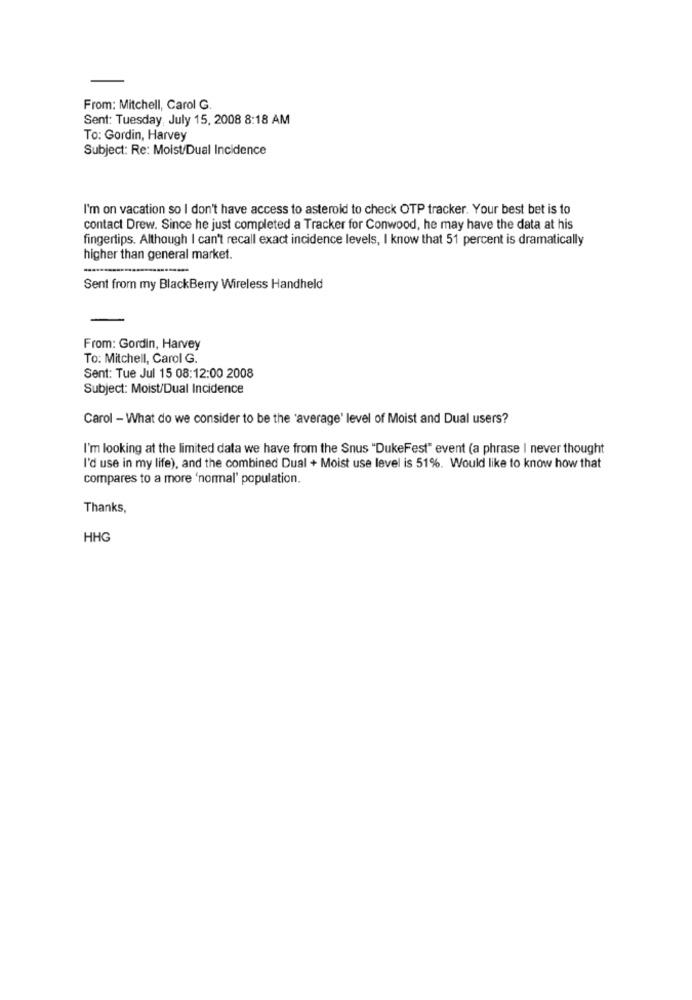
From: Mitchell, Carol G.
Sent: Tuesday, July 15, 2008 8:18 AM
To: Gordin, Harvey
Subject: Re: Moist/Dual Incidence
I'm on vacation so I don't have access to asteroid to check OTP tracker. Your best bet is to
contact Drew. Since he just completed a Tracker for Conwood, he may have the data at his
fingertips. Although I can't recall exact incidence levels, I know that 51 percent is dramatically
higher than general market.
Sent from my BlackBerry Wireless Handheld
From: Gordin, Harvey
To: Mitchell, Carol G.
Sent: Tue Jul 15 08:12:00 2008
Subject: Moist/Dual Incidence
Carol - What do we consider to be the 'average' level of Moist and Dual users?
I'm looking at the limited data we have from the Snus "DukeFest" event (a phrase I never thought
I'd use in my life), and the combined Dual + Moist use level is 51%. Would like to know how that
compares to a more 'normal' population.
Thanks,
HHG